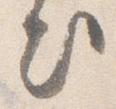
出